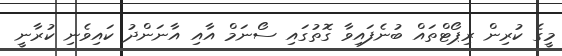
މީގެ ކުރިން ރިޕޯޓްތައް ބުނެފައިވާ ގޮތުގައި ސޯނަމް އާއި އާނަންދު ކައިވެނި ކުރާނީ